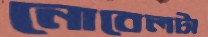
নোবেলটা